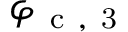
\varphi _ { \mathrm { ~ c ~ , ~ 3 ~ } }